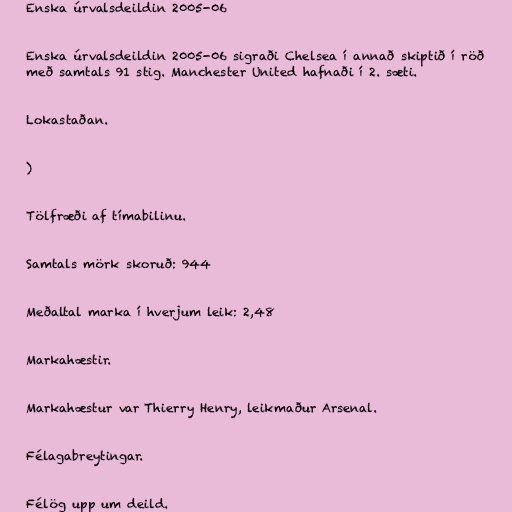
Enska úrvalsdeildin 2005-06

Enska úrvalsdeildin 2005-06 sigraði Chelsea í annað skiptið í röð
með samtals 91 stig. Manchester United hafnaði í 2. sæti.

Lokastaðan.

)

Tölfræði af tímabilinu.

Samtals mörk skoruð: 944

Meðaltal marka í hverjum leik: 2,48

Markahæstir.

Markahæstur var Thierry Henry, leikmaður Arsenal.

Félagabreytingar.

Félög upp um deild.